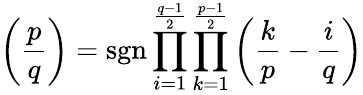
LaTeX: \left({\frac{p}{q}}\right)=\operatorname{sgn}\prod_{i=1}^{\frac{q-1}{2}}\prod_{k=1}^{\frac{p-1}{2}}\left({\frac{k}{p}}-{\frac{i}{q}}\right)